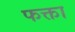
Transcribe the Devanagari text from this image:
फक्ता